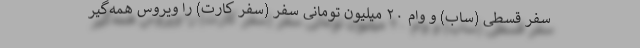
سفر قسطی (ساب) و وام ۲۰ میلیون تومانی سفر (سفر کارت) را ویروس همه‌گیر